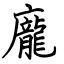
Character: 龐